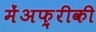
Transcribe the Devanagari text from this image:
मेंअफ़्रीकी